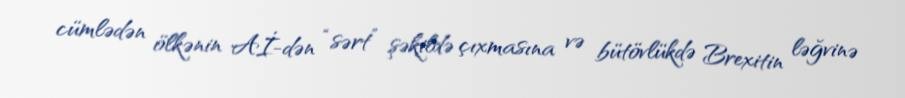
cümlədən ölkənin Aİ-dən “sərt” şəkildə çıxmasına və bütövlükdə Brexitin ləğvinə